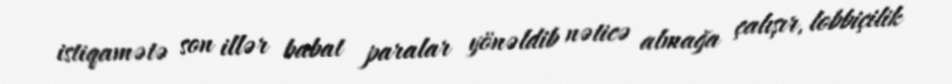
istiqamətə son illər babat paralar yönəldib nəticə almağa çalışır, lobbiçilik